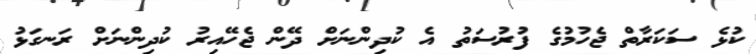
ކުޅެ ސަކަރާތް ޖެހުމުގެ ފުރުސަތު އެ ކުދިންނަށް ދޭން ޖެހޭއިރު ކުދިންނަށް ރަނގަޅު